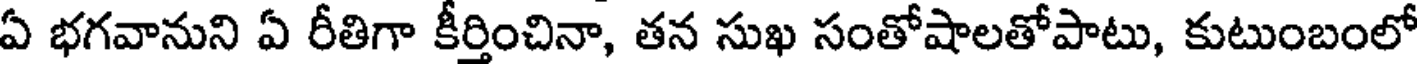
ఏ భగవానుని ఏ రీతిగా కీర్తించినా, తన సుఖ సంతోషాలతోపాటు, కుటుంబంలో